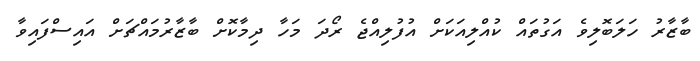
ބާޒާރު ހަލަބޮލިވެ އަގުތައް ކުއްލިއަކަށް އުފުލިއްޖެ ރޯދަ މަހާ ދިމާކޮށް ބާޒާރުމައްޗަށް އައިސްފައިވާ